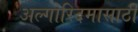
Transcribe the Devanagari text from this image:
अल्गोरिदमासाठी